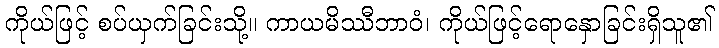
ကိုယ်ဖြင့် စပ်ယှက်ခြင်းသို့။ ကာယမိဿီဘာဝံ၊ ကိုယ်ဖြင့်ရောနှောခြင်းရှိသူ၏